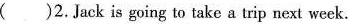
( )2.Jack is going to take a trip next week.